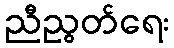
ညီညွတ်ရေး